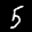
Label: 5